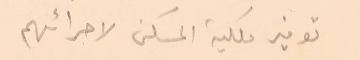
توفير ملكية المسكن لاجرائهم